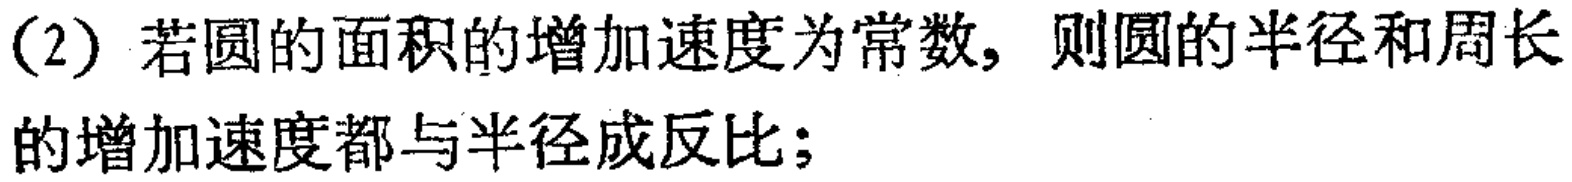
(2) 若圆的面积的增加速度为常数，则圆的半径和周长的增加速度都与半径成反比；